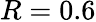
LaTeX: R=0.6